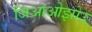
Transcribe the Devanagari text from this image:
जिआओझोउ